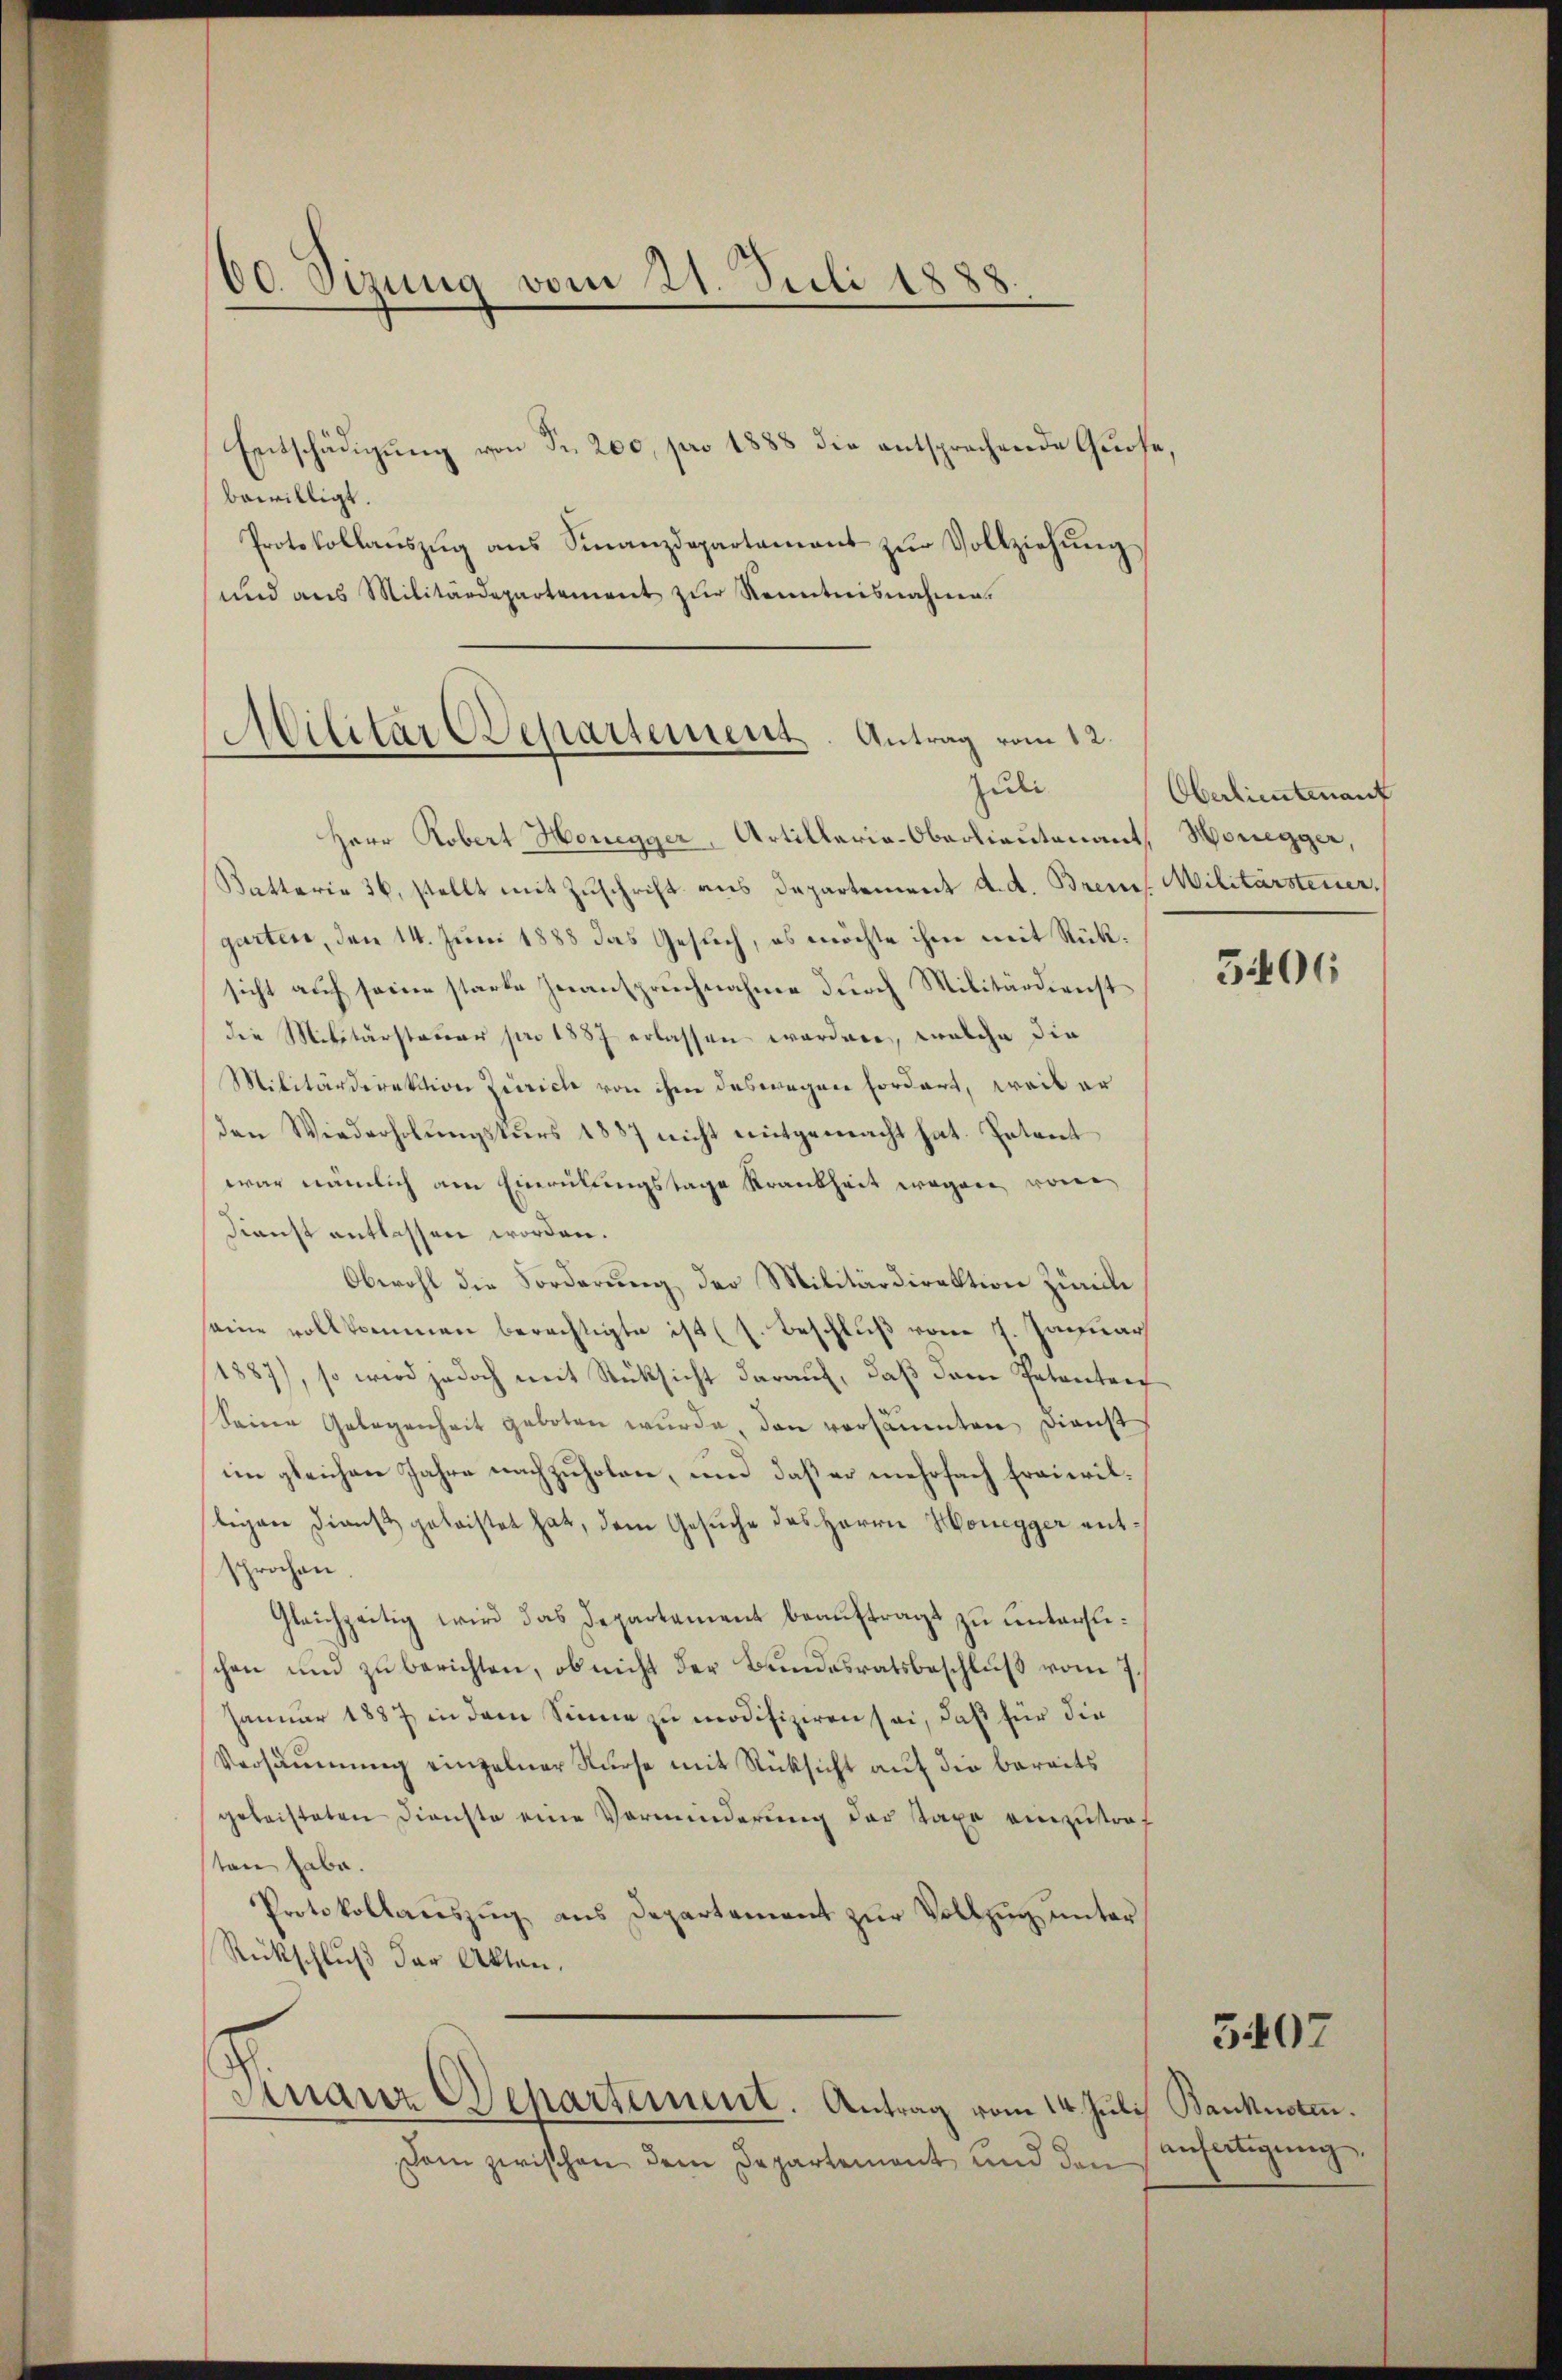
00. Sizung vom 21. Juli 1888.

Entschädigung von Fr. 200, pro 1888 die entsprechende Grose,
bewilligt.
Protokollaŭszŭg ans Finanzdepartamant zŭr Vollziehŭng
und aus Militärdepartement zŭr Kenntnisnahme.

Militär CDepartement. Antrag vom 12.
Zuli

Finanz Departement. Antrag vom 14. Juli, Banknoten.

dom zwischen dem Departement und den

Herr Robert Honegger, Artillaria-Oberlieutenant, Honegger,
Batterie 36, stellt mit Zuschrift aus Departement d. d. Brems. Militärsteuer,
garten, den 14. Juni 1888 das Gesuch, es möchte ihm mit Rücksicht auf seine starke Znanspruchnahme durch Militärdienst
die Militärstauer pro 1887 erlassen worden, welche die
Militärdirektion Zürich von ihm deswegen Fordert, weil er
den Wiederholŭngskŭrs 1887 nicht mitgemacht hat. Petent
war nämlich am Einrückungstage Krankheit wegen von
Dienst entlassen worden.
Obwohl die Forderung der Militärdirektion Zürich
seine vollkommen berechtigte ist (s. Beschluß vom 7. Januar
/4887), so wird jedoch mit Rüksicht darauf, daß dem Petentret
Seine Gelegenheit geboten wurde, den versäumten Dienst
im gleichen Jahre nachzuholen, und daß er mehrfach Freiwilligen Dienst geleistet hat, dem Gesuche des Herrn Honegger mit
sprochen.
Gleichzeitig wird das Departement beauftragt zu unterslechen und zu berichten, ob nicht der Bundesratsbeschluß vom 7.
Januar 1887 in dem Sinne zu modifizieren sei, daß für die
Versäumung einzelner Kurse mit Rücksicht auf die bereits
geleisteten Dienste eine Vorminderung der Taxe einzustraf
sten habe.
Protokollauszug aus Departement zur Vollzug unter
Rückschluß der Akten.

Oberlieutenant

5406

anfertigung.

5407